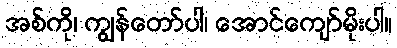
အစ်ကို၊ ကျွန်တော်ပါ၊ အောင်ကျော်မိုးပါ။